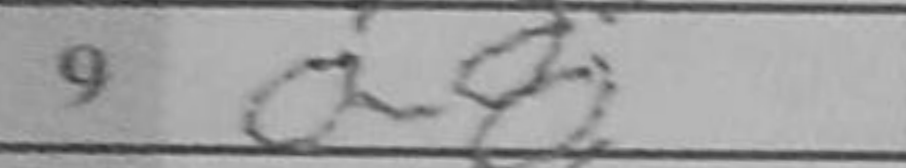
Transcription: O-O